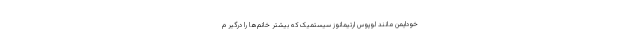
خودایمن مانند لوپوس ارتیمانوز سیستمیک که بیشتر خانم‌ها را درگیر م